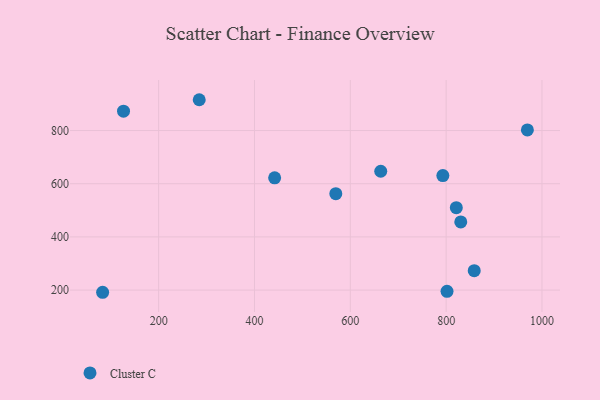
{"axis": {"x": "Ad Spend", "y": "Rating"}, "legend": ["Cluster C"], "data": [{"x": "126.7", "y": 873.0, "type": "Cluster C"}, {"x": "969.5", "y": 802.4, "type": "Cluster C"}, {"x": "284.7", "y": 915.9, "type": "Cluster C"}, {"x": "821.2", "y": 509.9, "type": "Cluster C"}, {"x": "663.5", "y": 646.9, "type": "Cluster C"}, {"x": "801.8", "y": 195.2, "type": "Cluster C"}, {"x": "569.7", "y": 562.7, "type": "Cluster C"}, {"x": "442.1", "y": 622.2, "type": "Cluster C"}, {"x": "83.1", "y": 191.8, "type": "Cluster C"}, {"x": "793.1", "y": 630.5, "type": "Cluster C"}, {"x": "830.5", "y": 456.5, "type": "Cluster C"}, {"x": "858.6", "y": 273.1, "type": "Cluster C"}]}